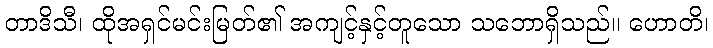
တာဒိသီ၊ ထိုအရှင်မင်းမြတ်၏ အကျင့်နှင့်တူသော သဘောရှိသည်။ ဟောတိ၊